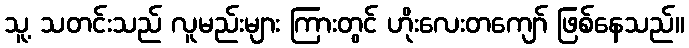
သူ့ သတင်းသည် လူမည်းများ ကြားတွင် ဟိုးလေးတကျော် ဖြစ်နေသည်။